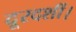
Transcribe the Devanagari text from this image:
दूरदर्शी।